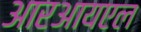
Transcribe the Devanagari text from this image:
आरआयएल